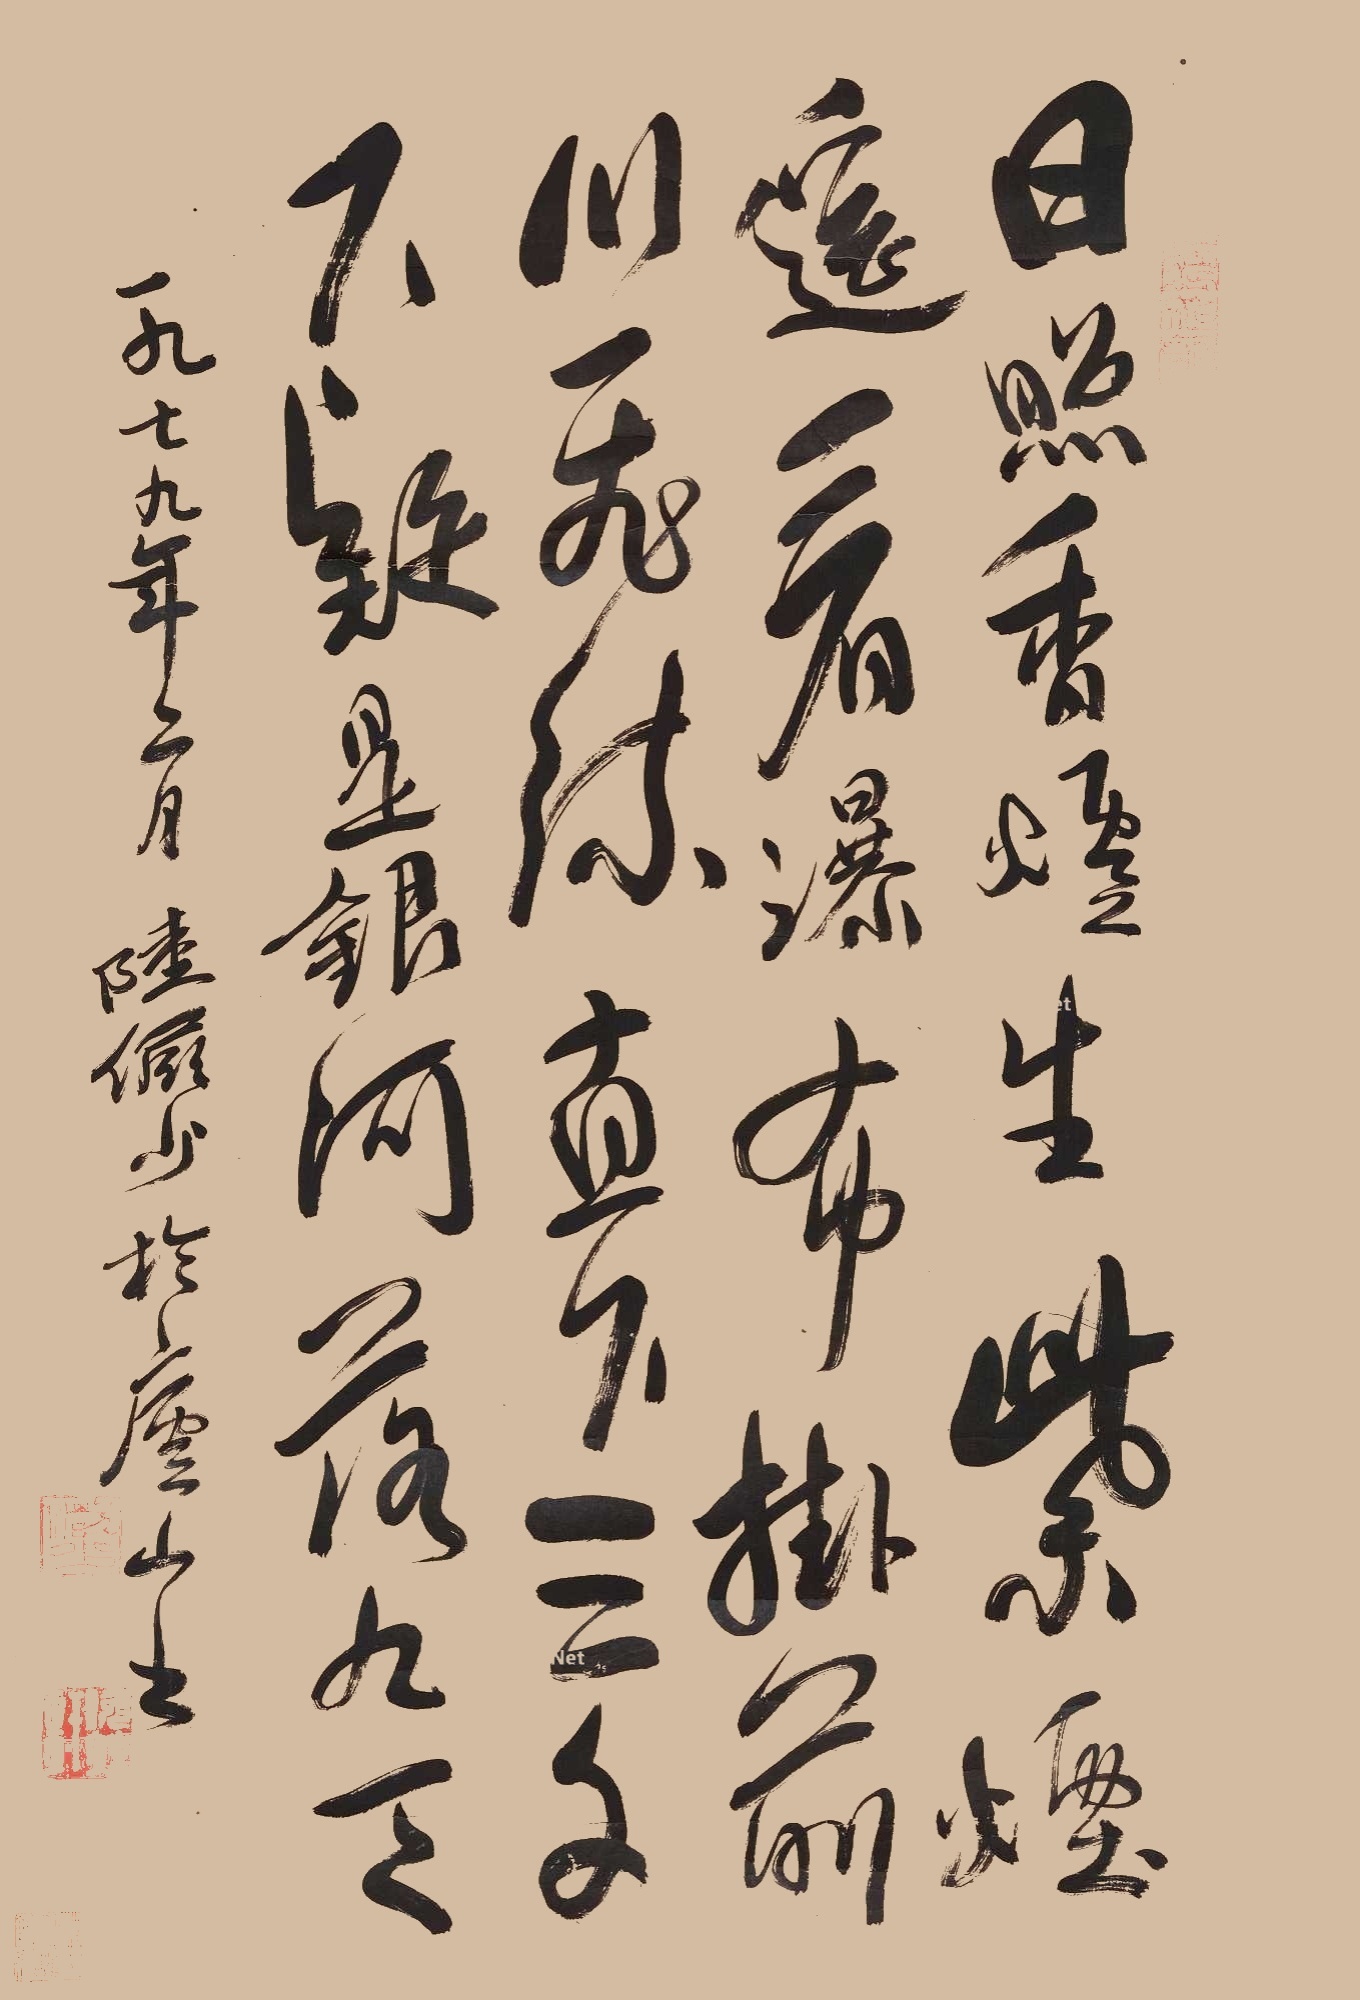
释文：日照香炉生紫烟，遥看瀑布挂前川。飞流直下三千里，疑是银河落九天。一九七九年二月，陆俨少于庐山书。